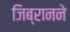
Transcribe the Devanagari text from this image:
जिब्रानने